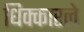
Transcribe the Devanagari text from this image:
धिक्कारले